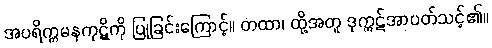
အပရိက္ကမနကုဋိကို ပြုခြင်းကြောင့်။ တထာ၊ ထို့အတူ ဒုက္ကဋ်အာပတ်သင့်၏။